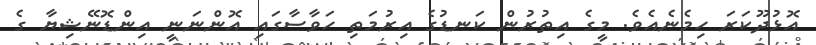
އޮޅުދޫކަރަ ހިމެނެއެވެ. މީގެ އިތުރުން ކަނޑުގެ އިރުމަތި ހަވާސާގައި އޮންނަނީ އިންޑޮނޭޝިޔާ ގެ